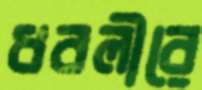
ধবলীরে